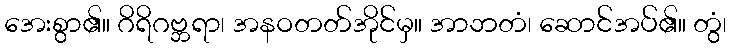
အေးစွာ၏။ ဂိရိဂဗ္ဘရာ၊ အနဝတတ်အိုင်မှ။ အာဘတံ၊ ဆောင်အပ်၏။ တွံ၊